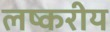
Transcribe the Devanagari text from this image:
लष्करीय